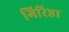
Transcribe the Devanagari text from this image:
गिरिष्ठा